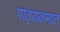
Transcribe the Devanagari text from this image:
पाठ्यक्रमात